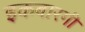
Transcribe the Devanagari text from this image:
इकबारगी